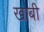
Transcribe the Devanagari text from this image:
खाबी